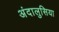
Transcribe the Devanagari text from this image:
अंदालुसिया